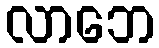
လာဘေ